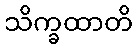
သိက္ခထာတိ